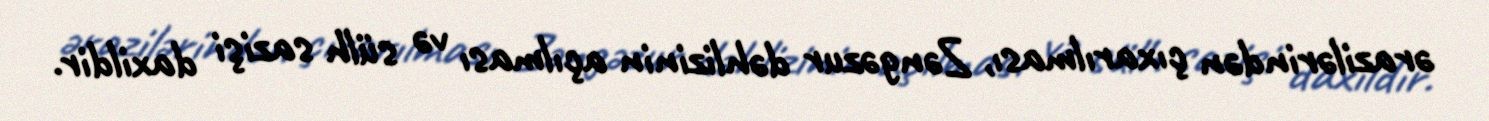
ərazilərindən çıxarılması, Zəngəzur dəhlizinin açılması və sülh sazişi daxildir.